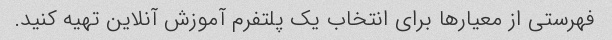
فهرستی از معیارها برای انتخاب یک پلتفرم آموزش آنلاین تهیه کنید.